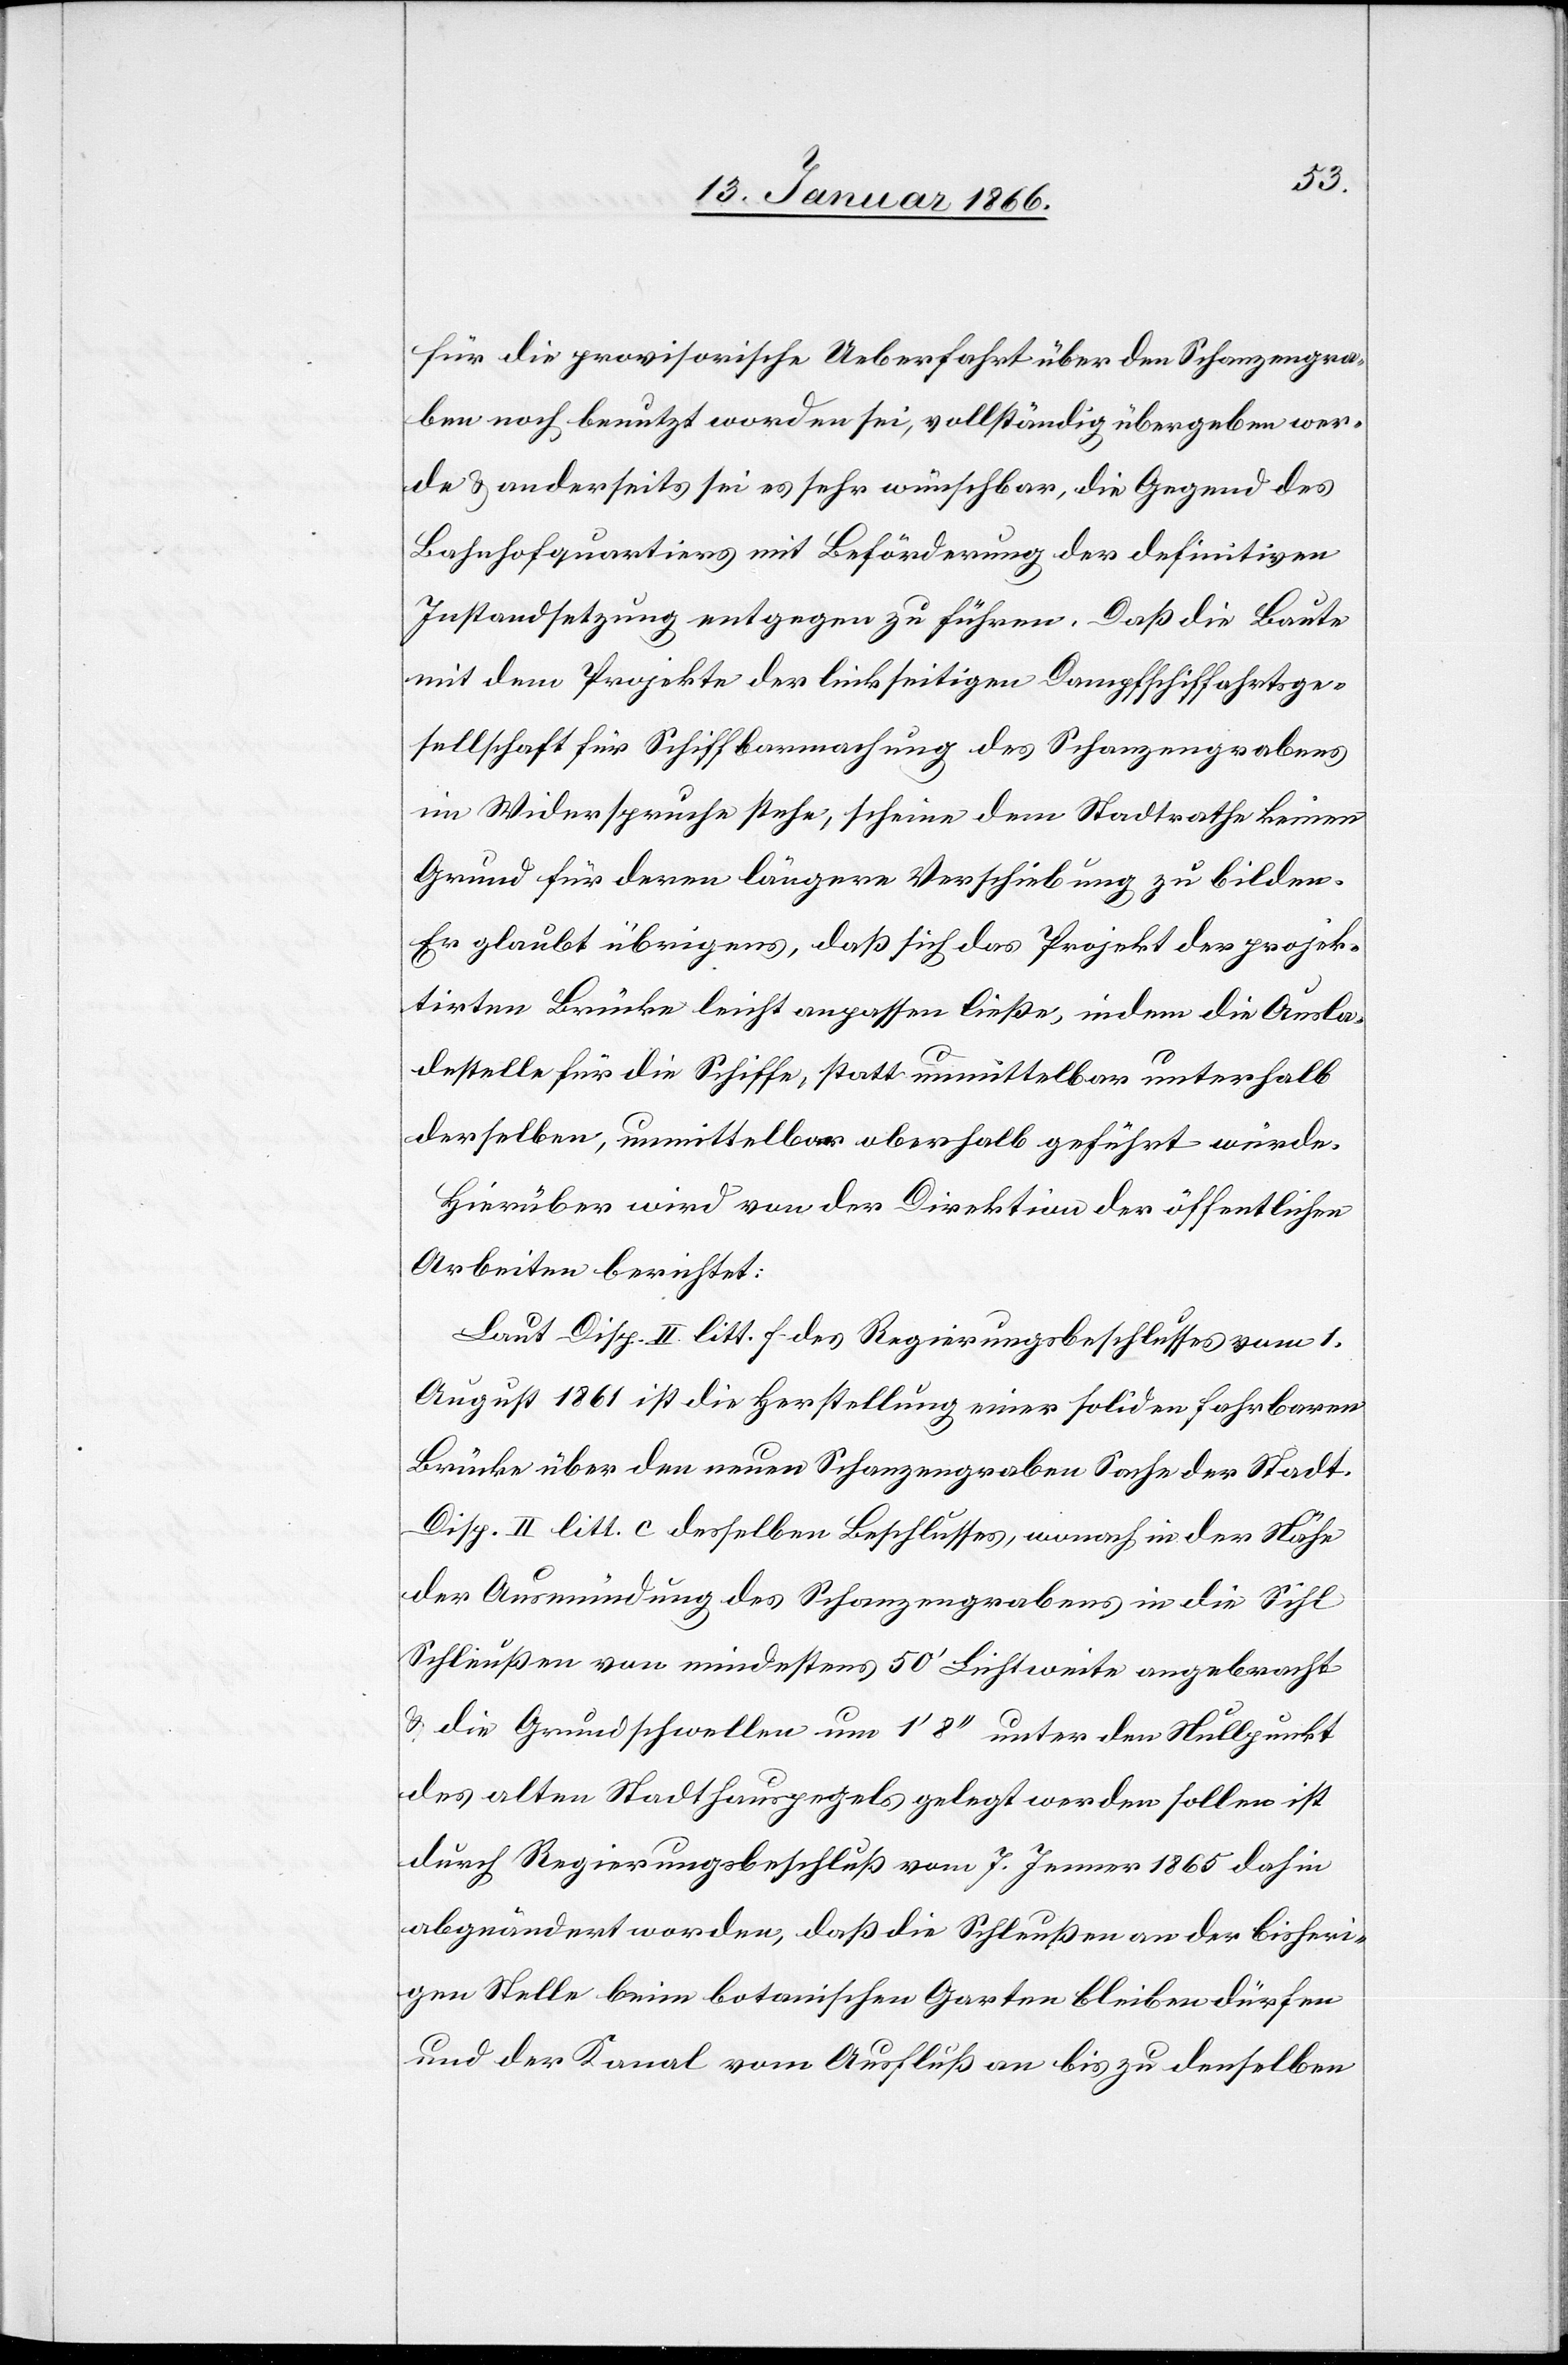
für die provisorische Ueberfahrt über den Schanzengra¬
ben noch benutzt worden sei, vollständig übergeben wer¬
de u. anderseits sei es sehr wünschbar, die Gegend des
Bahnhofquartiers mit Beförderung der definitiven
Instandsetzung entgegen zu führen. Daß die Baute
mit dem Projekte der linkseitigen Dampfschiffahrtsge¬
sellschaft für Schiffbarmachung des Schanzengrabens
in Widerspruche stehe, scheine dem Stadtrathe keinen
Grund für deren längere Verschiebung zu bilden.
Er glaubt übrigens, daß sich das Projekt der projek¬
tirten Brücke leicht anpassen ließe, indem die Ausla¬
destelle für die Schiffe, statt unmittelbar unterhalb
derselben, unmittelbar oberhalb geführt würde.
Hierüber wird von der Direktion der öffentlichen
Arbeiten berichtet:
Laut Disp. II litt. f des Regierungsbeschlusses vom 1.
August 1861 ist die Herstellung einer soliden fahrbaren
Brücke über den neuen Schanzengraben Sache der Stadt.
Disp. II litt. c desselben Beschlusses, wonach in der Höhe
der Ausmündung des Schanzengrabens in die Sihl
Schleußen von mindestens 50' Sichtweite angebracht
u. die Grundschwellen um 1' 8'' unter den Nullpunkt
des alten Stadthauspegels gelegt werden sollen ist
durch Regierungsbeschluß vom 7. Januar 1865 dahin
abgeändert worden, daß die Schleußen an der bisheri¬
gen Stelle beim botanischen Garten bleiben dürfen
und der Kanal vom Ausfluß an bis zu denselben